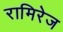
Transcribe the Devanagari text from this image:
रामिरेज